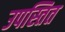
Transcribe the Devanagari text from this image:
उपस्तित